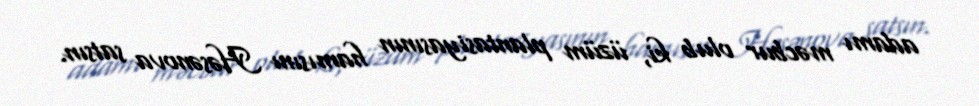
adamı məcbur olub ki, üzüm plantasiyasının hamısını Həsənova satsın.